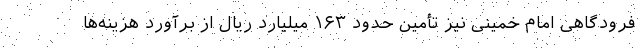
فرودگاهی امام خمینی نیز تأمین حدود ۱۶۳ میلیارد ریال از برآورد هزینه‌ها